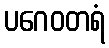
ပဂေဝတရံ